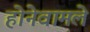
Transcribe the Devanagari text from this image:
होनेवामले